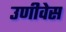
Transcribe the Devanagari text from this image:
उणीवेस